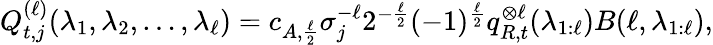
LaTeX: \begin{array}{r}{Q_{t,j}^{(\ell)}(\lambda_{1},\lambda_{2},\ldots,\lambda_{\ell})=c_{A,\frac{\ell}{2}}\sigma_{j}^{-\ell}2^{-\frac{\ell}{2}}(-1)^{\frac{\ell}{2}}q_{R,t}^{\otimes\ell}(\lambda_{1:\ell})B(\ell,\lambda_{1:\ell}),}\end{array}